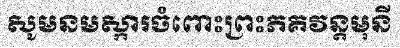
សូមនមស្ការចំពោះព្រះភគវន្តមុនី